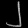
Digit: ၂